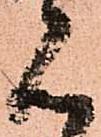
見